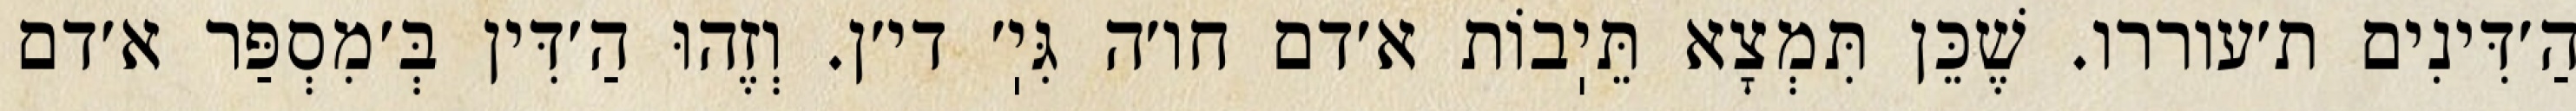
הַ׳דִּינִים ת׳עוררו. שֶׁכֵּן תִּמְצָא תֵּיֽבוֹת א׳דם חו׳ה גִּיֽ׳ די׳ן. וְזֶהוּ הַ׳דִּין בְּ׳מִסְפַּר א׳דם